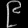
Digit: ၉